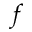
f